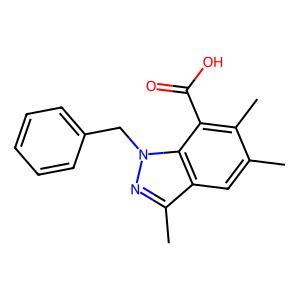
SMILES: Cc1cc2c(C)nn(Cc3ccccc3)c2c(C(=O)O)c1C
Inhibits HIV replication: No